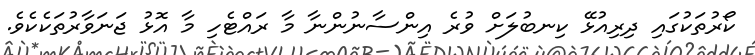
ކޯރުތަކުގައި ދިރިއުޅޭ ކިނބުލަށް ވުރެ އިންސާނުންނާ މާ ރައްޓެހި މާ އޮޅު ޖަނަވާރުތަކެކެވެ.